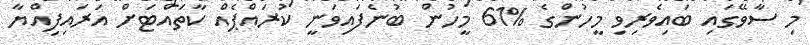
މި ސާވޭގައި ބައިވެރިވި މީހުންގެ %61 މީހުން ބުނެފައިވަނީ ކުރައްޕެއް ކާތައްޓަށް އަރައިފިއްޔާ